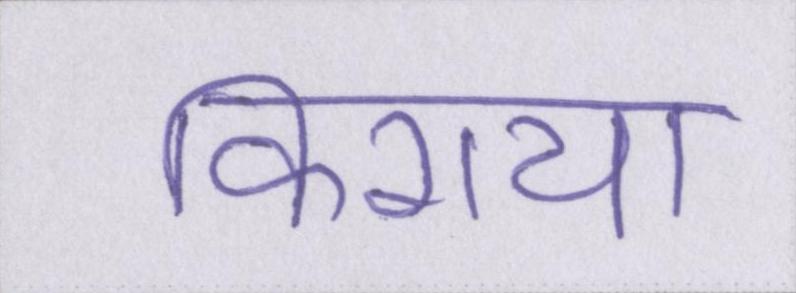
किराया